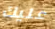
عليك